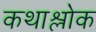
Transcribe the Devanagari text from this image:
कथाश्लोक